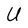
Character: U